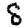
Digit: 8